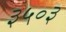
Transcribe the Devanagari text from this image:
३५०३